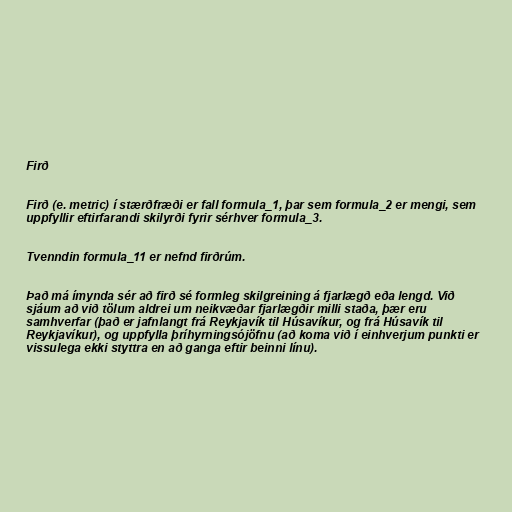
Firð

Firð (e. metric) í stærðfræði er fall formula_1, þar sem formula_2 er mengi, sem
uppfyllir eftirfarandi skilyrði fyrir sérhver formula_3.

Tvenndin formula_11 er nefnd firðrúm.

Það má ímynda sér að firð sé formleg skilgreining á fjarlægð eða lengd. Við
sjáum að við tölum aldrei um neikvæðar fjarlægðir milli staða, þær eru
samhverfar (það er jafnlangt frá Reykjavík til Húsavíkur, og frá Húsavík til
Reykjavíkur), og uppfylla þríhyrningsójöfnu (að koma við í einhverjum punkti er
vissulega ekki styttra en að ganga eftir beinni línu).